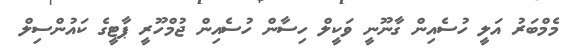
މެމްބަރު އަލީ ހުސެއިން ގާނޫނީ ވަކީލް ހިސާން ހުސެއިން ޖުމްހޫރީ ޕާޓީގެ ކައުންސިލް